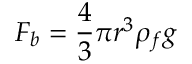
F _ { b } = { \frac { 4 } { 3 } } \pi r ^ { 3 } \rho _ { f } g